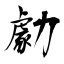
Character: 勮